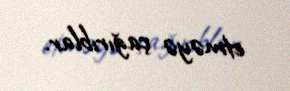
etməyə çağırıblar.